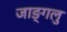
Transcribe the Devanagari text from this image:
जाङ्गलु